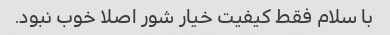
با سلام فقط کیفیت خیار شور اصلا خوب نبود.